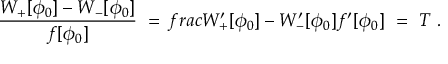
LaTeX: \frac { W _ { + } [ \phi _ { 0 } ] - W _ { - } [ \phi _ { 0 } ] } { f [ \phi _ { 0 } ] } \ = \, f r a c { W _ { + } ^ { \prime } [ \phi _ { 0 } ] - W _ { - } ^ { \prime } [ \phi _ { 0 } ] } { f ^ { \prime } [ \phi _ { 0 } ] } \ = \ T \ .